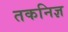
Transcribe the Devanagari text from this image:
तकनिज्ञ